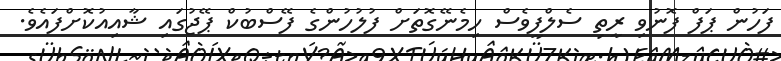
ފަހުން ޕަފް ފޮނުވި ރީތި ސެލްފީވެސް ހިމެނޭގޮތަށް ފުލުހުންގެ ފޭސްބުކް ޕޭޖުގައި ޝާއިއުކޮށްފައެވެ.